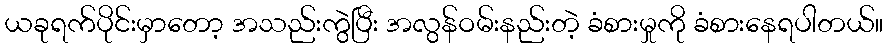
ယခုရက်ပိုင်းမှာတော့ အသည်းကွဲပြီး အလွန်ဝမ်းနည်းတဲ့ ခံစားမှုကို ခံစားနေရပါတယ်။